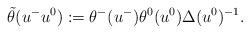
LaTeX: \begin{align*} \Tilde{\theta}(u^- u^0) := \theta^-(u^-) \theta^0 (u^0) \Delta(u^0)^{-1}.\end{align*}